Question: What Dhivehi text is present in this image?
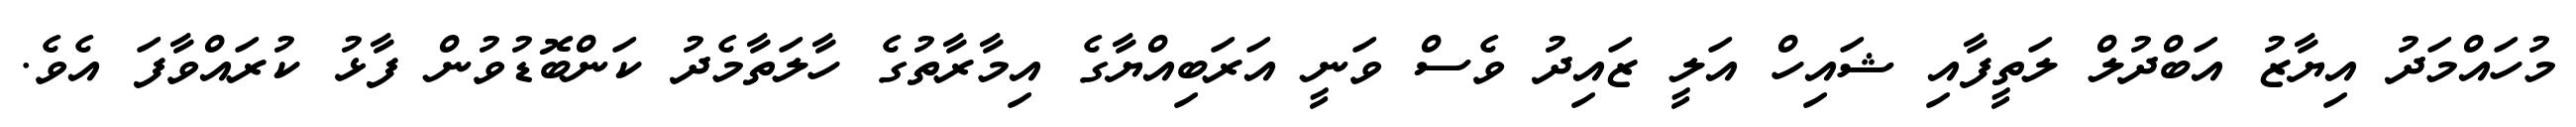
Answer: މުހައްމަދު އިޔާޒު އަބްދުލް ލަތީފާއި ޝައިހް އަލީ ޒައިދު ވެސް ވަނީ އަރަބިއްޔާގެ އިމާރާތުގެ ހާލަތާމެދު ކަންބޮޑުވުން ފާޅު ކުރައްވާފަ އެވެ.